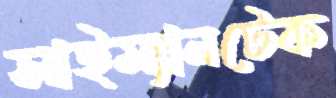
সাইম্যানটেক